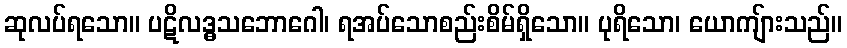
ဆုလပ်ရသော။ ပဋိလဒ္ဓသဘောဂေါ၊ ရအပ်သောစည်းစိမ်ရှိသော။ ပုရိသော၊ ယောကျ်ားသည်။